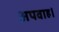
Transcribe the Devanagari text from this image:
अपवाह।